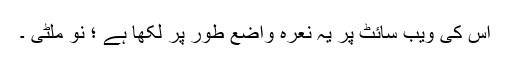
اس کی ویب سائٹ پر یہ نعرہ واضع طور پر لکھا ہے ؛ نو ملٹی ۔